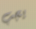
يجب